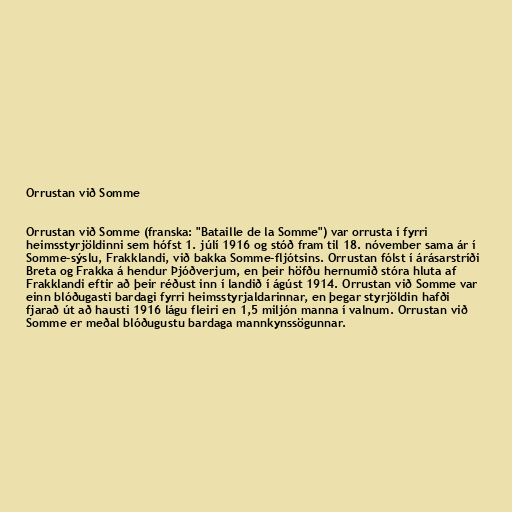
Orrustan við Somme

Orrustan við Somme (franska: "Bataille de la Somme") var orrusta í fyrri
heimsstyrjöldinni sem hófst 1. júlí 1916 og stóð fram til 18. nóvember sama ár í
Somme-sýslu, Frakklandi, við bakka Somme-fljótsins. Orrustan fólst í árásarstríði
Breta og Frakka á hendur Þjóðverjum, en þeir höfðu hernumið stóra hluta af
Frakklandi eftir að þeir réðust inn í landið í ágúst 1914. Orrustan við Somme var
einn blóðugasti bardagi fyrri heimsstyrjaldarinnar, en þegar styrjöldin hafði
fjarað út að hausti 1916 lágu fleiri en 1,5 miljón manna í valnum. Orrustan við
Somme er meðal blóðugustu bardaga mannkynssögunnar.